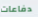
دفاعات